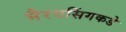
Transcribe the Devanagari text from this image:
भैरवसिंगकडे